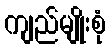
ကျည်မျိုးစုံ